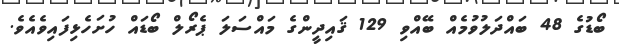
ބޯޑުގެ 48 ބައްދަލުވުމެއް ބޭއްވި 129 ޤައިދީންގެ މައްސަލަ ޕެރޯލް ބޯޑައް ހުށަހެޅިފައިވެއެވެ.